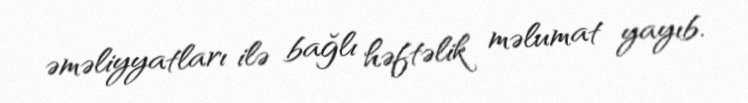
əməliyyatları ilə bağlı həftəlik məlumat yayıb.